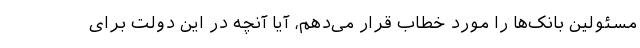
مسئولین بانک‌ها را مورد خطاب قرار می‌دهم، آیا آنچه در این دولت برای